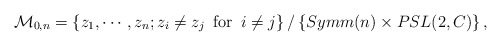
\begin{align*}{\cal M}_{0,n}=\left\{z_1, \cdots ,z_n; z_i \neq z_j \,\,\, \mbox{for} \,\,\, i\neq j\right\}/\left\{Symm(n)\times PSL(2,C)\right\},\end{align*}